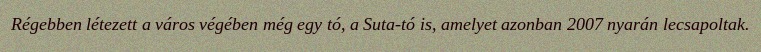
Régebben létezett a város végében még egy tó, a Suta-tó is, amelyet azonban 2007 nyarán lecsapoltak.